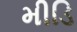
મીડિ